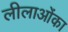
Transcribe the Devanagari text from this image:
लीलाओंका